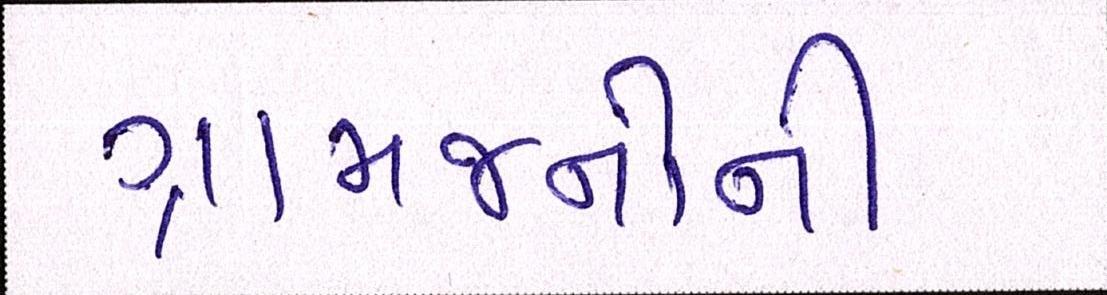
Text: ગ્રામજનોની